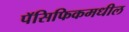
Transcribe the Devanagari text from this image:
पॅसिफिकमधील